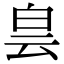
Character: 𤽎